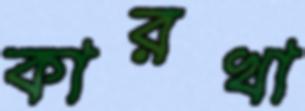
কারখা